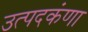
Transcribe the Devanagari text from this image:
उत्पदकंणा